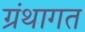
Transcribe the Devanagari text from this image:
ग्रंथागत